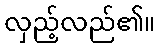
လှည့်လည်၏။